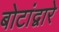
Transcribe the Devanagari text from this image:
बोटांद्वारे